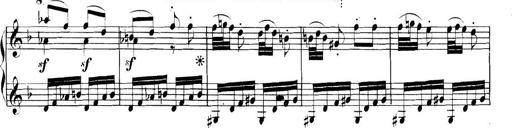
Title: Collected Piano Sonatas
Composer: Muzio Clementi